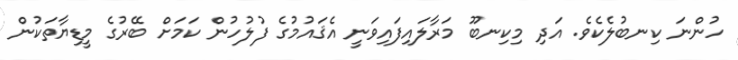
ހުންނަ ކިނބުލެކެވެ. އަދި މިކިނބޫ މަރާލައިފައިވަނީ އެޤައުމުގެ ފުލުހުން ކަމަށް ބޭރުގެ މީޑިޔާތަކުން